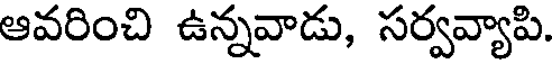
ఆవరించి ఉన్నవాడు, సర్వవ్యాపి.